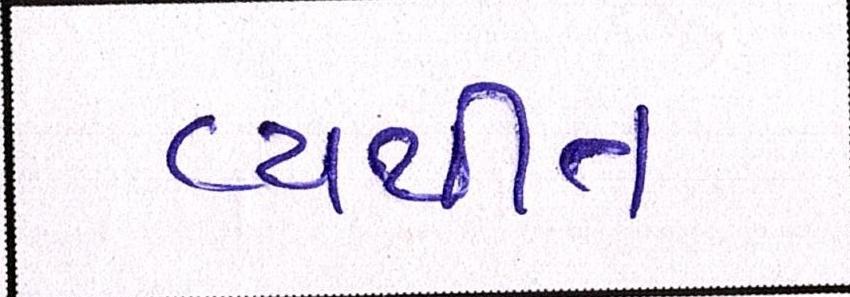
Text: વ્યથીત